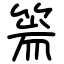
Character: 篅